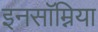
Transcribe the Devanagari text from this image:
इनसॉम्निया